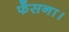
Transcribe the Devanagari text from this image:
फँसना।